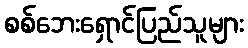
စစ်ဘေးရှောင်ပြည်သူများ